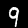
Label: 9